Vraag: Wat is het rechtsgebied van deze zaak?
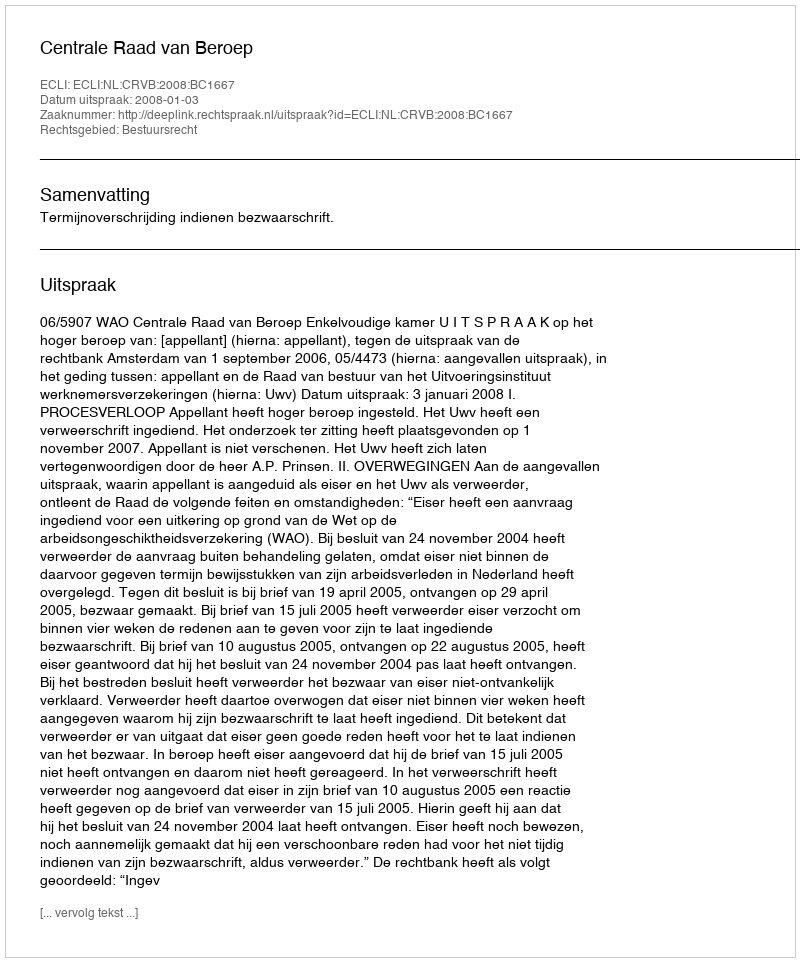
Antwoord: Bestuursrecht